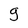
Character: g